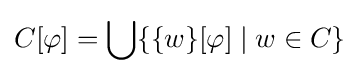
C[\varphi ]=\bigcup \{\{w\}[\varphi ]\mid w\in C\}